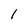
Character: l